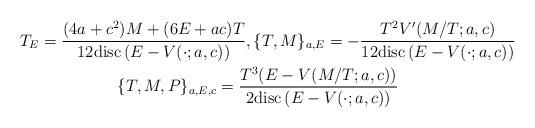
LaTeX: \begin{align*}&T_E=\frac{(4a+c^2)M+(6E+ac)T}{12{\rm disc}\left(E-V(\cdot;a,c)\right)},\{T,M\}_{a,E}=-\frac{T^2V'(M/T;a,c)}{12{\rm disc}\left(E-V(\cdot;a,c)\right)}\\&\qquad\qquad\qquad\{T,M,P\}_{a,E,c}=\frac{T^3(E-V(M/T;a,c))}{2{\rm disc}\left(E-V(\cdot;a,c)\right)}\\\end{align*}